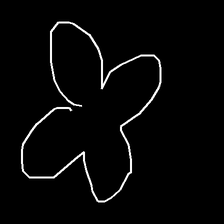
Glyph: billowing